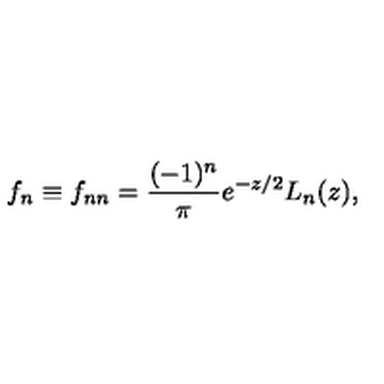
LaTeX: f _ { n } \equiv f _ { n n } = \frac { ( - 1 ) ^ { n } } { \pi } e ^ { - z / 2 } L _ { n } ( z ) ,